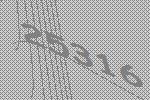
25316